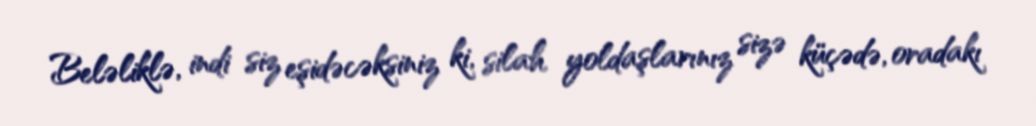
Beləliklə, indi siz eşidəcəksiniz ki, silah yoldaşlarınız sizə küçədə, oradakı